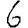
Digit: 6